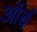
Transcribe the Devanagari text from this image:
ऑर्ब